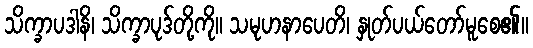
သိက္ခာပဒါနိ၊ သိက္ခာပုဒ်တို့ကို။ သမုဟနာပေတိ၊ နှုတ်ပယ်တော်မူစေ၏။